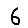
Digit: 6